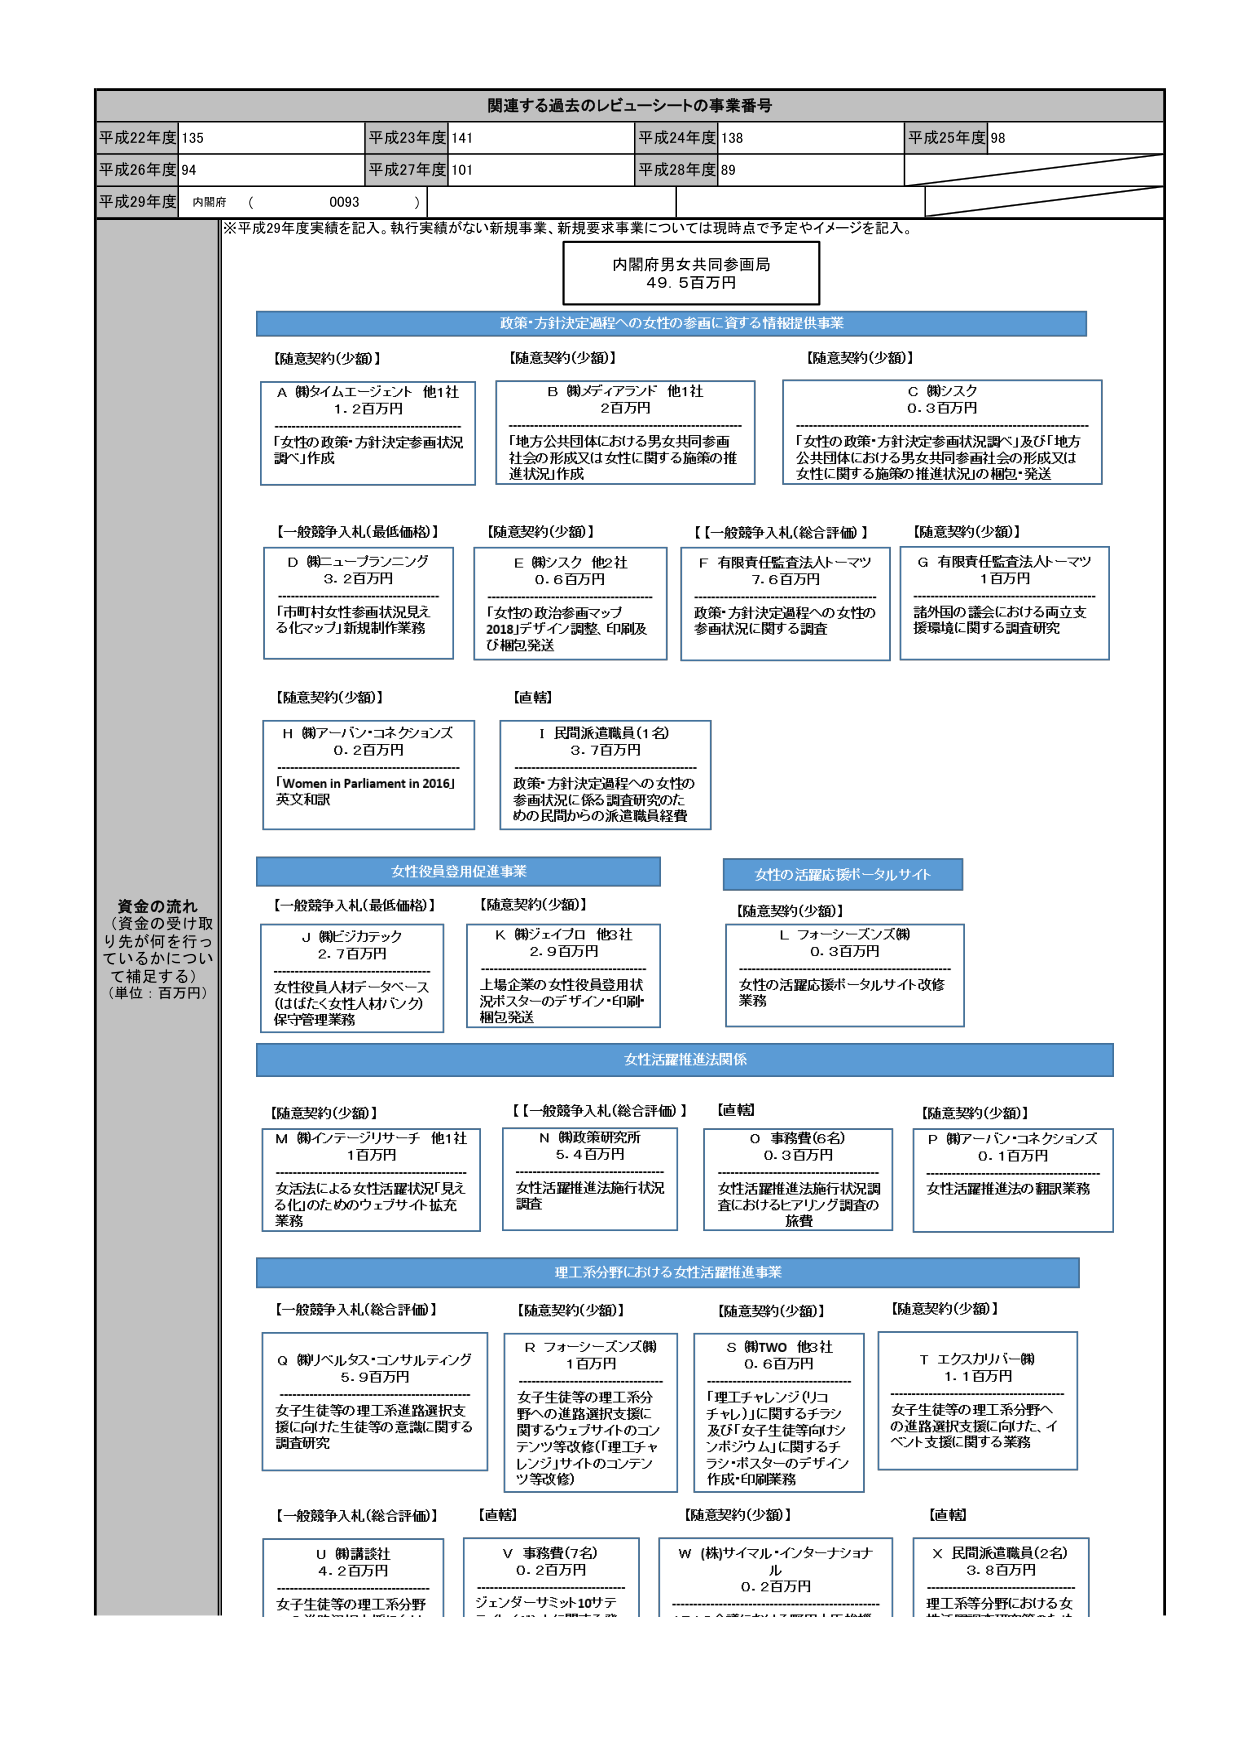
関連する過去のレビュー・シートの事業番号
平成22年度 135
平成23年度 141
平成24年度 138
平成25年度 98
平成26年度 94
平成27年度 101
平成28年度 89
平成29年度 内閣府 （ 0093 ）

※平成29年度実績を記入。執行実績がない新規事業、新規要求事業については現時点で予定やイメージを記入。

内閣府男女共同参画局
49.5百万円

政策・方針決定過程への女性の参画に資する情報提供事業

【随意契約(少額)】
A ㈱タイムエージェント 他1社
1.2百万円
「女性の政策・方針決定参画状況調査」作成

【随意契約(少額)】
B ㈱メディアランド 他1社
2百万円
「地方公共団体における男女共同参画社会の形成又は女性に関する施策の推進状況」作成

【随意契約(少額)】
C ㈱シスク
0.3百万円
「女性の政策・方針決定参画状況調査」及び「地方公共団体における男女共同参画社会の形成又は女性に関する施策の推進状況」の梱包・発送

【一般競争入札(最低価格)】
D ㈱ニューブランニング
3.2百万円
「市町村女性参画状況見える化マップ」新規制作業務

【随意契約(少額)】
E ㈱シスク 他2社
0.6百万円
「女性の政治参画マップ 2018」デザイン調整、印刷及び梱包発送

【一般競争入札(総合評価)】
F 有限責任監査法人トーマツ
7.6百万円
政策・方針決定過程への女性の参画状況に関する調査

【随意契約(少額)】
G 有限責任監査法人トーマツ
1百万円
諸外国の議会における両立支援環境に関する調査研究

【随意契約(少額)】
H ㈱アーバン・コネクションズ
0.2百万円
「Women in Parliament in 2016」英文和訳

【直轄】
I 民間派遣職員(1名)
3.7百万円
政策・方針決定過程への女性の参画状況に係る調査研究のための民間からの派遣職員経費

女性役員登用促進事業

【一般競争入札(最低価格)】
J ㈱ビジタテック
2.7百万円
女性役員人材データベース（はたらく女性人材バンク）保守管理業務

【随意契約(少額)】
K ㈱ジェイプロ 他3社
2.9百万円
上場企業の女性役員登用状況ポスターのデザイン・印刷・梱包発送

女性の活躍応援ポータルサイト

【随意契約(少額)】
L フォーシーズンズ㈱
0.3百万円
女性の活躍応援ポータルサイト改修業務

女性活躍推進法関係

【随意契約(少額)】
M ㈱インテージリサーチ 他1社
1百万円
女活法による女性活躍状況「見える化」のためのウェブサイト拡充業務

【一般競争入札(総合評価)】
N ㈱政策研究所
5.4百万円
女性活躍推進法施行状況調査

【直轄】
O 事務費(6名)
0.3百万円
女性活躍推進法施行状況調査におけるヒアリング調査の旅費

【随意契約(少額)】
P ㈱アーバン・コネクションズ
0.1百万円
女性活躍推進法の翻訳業務

理工系分野における女性活躍推進事業

【一般競争入札(総合評価)】
Q ㈱レベルスタ・コナルディング
5.9百万円
女子生徒等の理工系進路選択支援に向けた生徒等の意識に関する調査研究

【随意契約(少額)】
R フォーシーズンズ㈱
1百万円
女子生徒等の理工系分野への進路選択支援に関するウェブサイトのコンテンツ等改修（理工チャレンジサイトのコンテンツ等改修）

【随意契約(少額)】
S ㈱TWO 他3社
0.6百万円
「理工チャレンジ（リコチャレ）」に関するチラシ及び「女子生徒等向けオンラインポスター」に関するチラシ・ポスターのデザイン作成・印刷業務

【随意契約(少額)】
T エクスカリバー㈱
1.1百万円
女子生徒等の理工系分野への進路選択支援に向けた、イベント支援に関する業務

【一般競争入札(総合評価)】
U ㈱講談社
4.2百万円
女子生徒等の理工系分野

【直轄】
V 事務費(7名)
0.2百万円
ジェンダーミスミット10件

【随意契約(少額)】
W (株)サイマル・インターナショナル
0.2百万円

【直轄】
X 民間派遣職員(2名)
3.8百万円
理工系等分野における女

資金の流れ
（資金の受け取り先が何を行っているかについて補足する）
（単位：百万円）